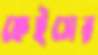
ফেইসের